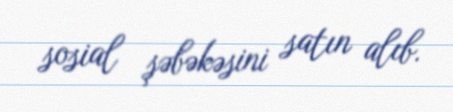
sosial şəbəkəsini satın alıb.